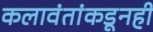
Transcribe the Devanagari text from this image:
कलावंतांकडूनही